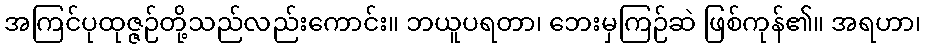
အကြင်ပုထုဇ္ဇဉ်တို့သည်လည်းကောင်း။ ဘယူပရတာ၊ ဘေးမှကြဉ်ဆဲ ဖြစ်ကုန်၏။ အရဟာ၊